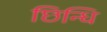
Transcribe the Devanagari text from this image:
छिन्धि